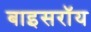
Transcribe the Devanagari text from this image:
बाइसरॉय